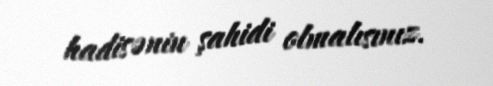
hadisənin şahidi olmalısınız.